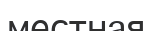
местная